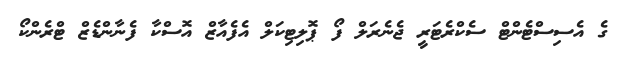
ގެ އެސިސްޓެންޓް ސެކްރެޓަރީ ޖެނެރަލް ފޯ ޕޮލިޓިކަލް އެފެއާޒް އޮސްކާ ފެނާންޑެޒް ޓްރެންކޯ